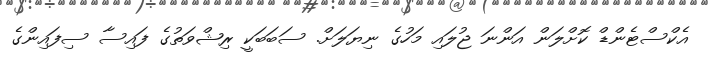
އެެކްސްޓެންޑް ކޮށްލަން އަންނަ ޖުލައި މަހުގެ ނިޔަލަށް. ސަބަބަކީ ރިޝްވަތުގެ ފައިސާ ސިފައިންގެ